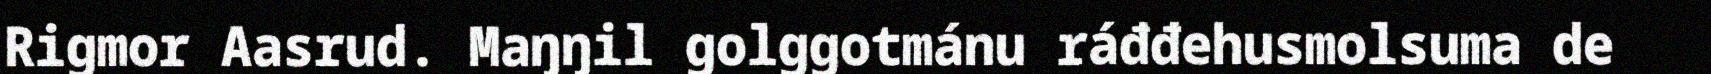
Rigmor Aasrud. Maŋŋil golggotmánu ráđđehusmolsuma de